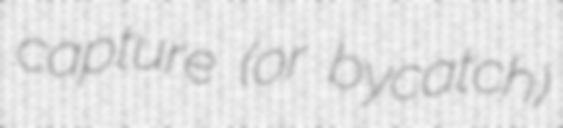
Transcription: capture (or bycatch)